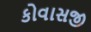
કોવાસજી